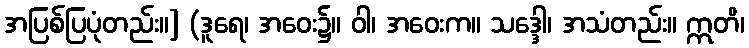
အပြစ်ပြပုံတည်း။] (ဒူရေ၊ အဝေး၌။ ဝါ၊ အဝေးက။ သဒ္ဒေါ၊ အသံတည်း။ ဣတိ၊